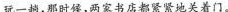
玩一趟，那时候，两家书店都紧紧地关着门。